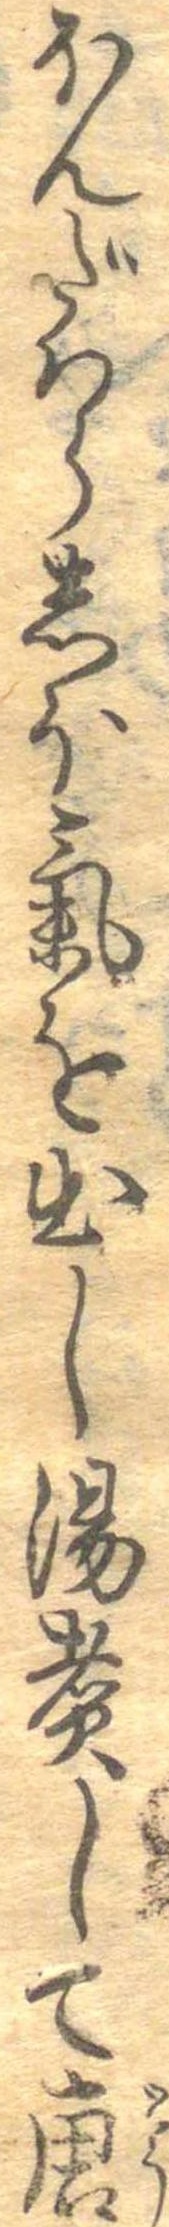
ほんだはらしほ気を出し湯煮して唐